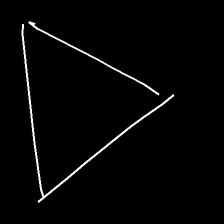
Glyph: convergence